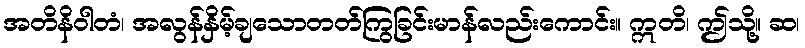
အတိနိဝါတံ၊ အလွန်နှိမ့်ချသောတတ်ကြွခြင်းမာန်လည်းကောင်း။ ဣတိ၊ ဤသို့။ ဆ၊